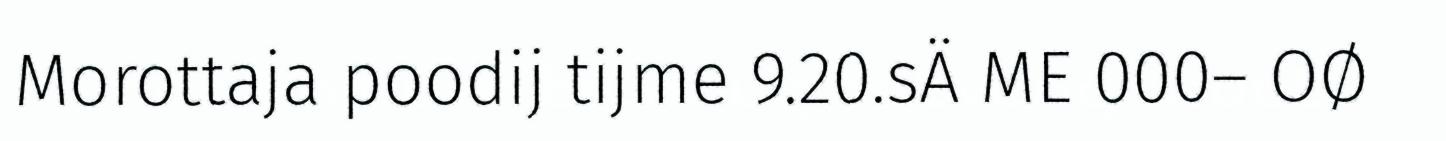
Morottaja poodij tijme 9.20.sÄ ME 000– OØ